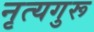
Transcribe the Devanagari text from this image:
नृत्यगुरू